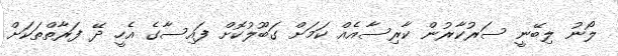
ލޯނު ލިބޭނީ ސަރުކާރުން ކާރިސާއެއް ކަމަށް ގަބޫލުކޮށް ފައިސާގެ އެހީ ދޭ ފަރާތްތަކަށް